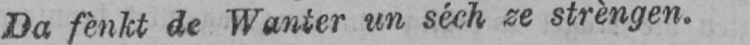
Da fènkt de Wanter un séch ze strèngen.